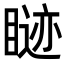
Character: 𬑢